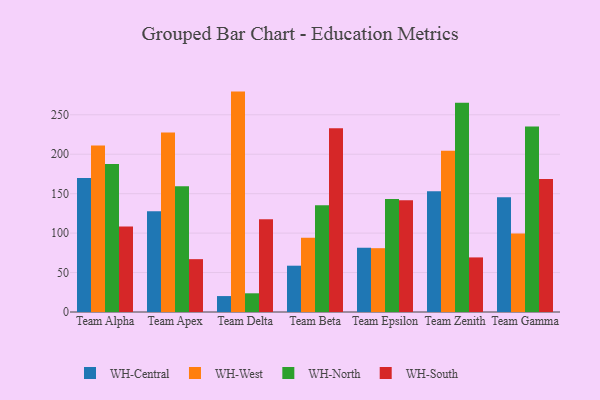
{"axis": {"x": "Team", "y": "Website Visitors"}, "legend": ["WH-Central", "WH-North", "WH-South", "WH-West"], "data": [{"x": "Team Alpha", "y": 169.8, "type": "WH-Central"}, {"x": "Team Alpha", "y": 211.1, "type": "WH-West"}, {"x": "Team Alpha", "y": 187.5, "type": "WH-North"}, {"x": "Team Alpha", "y": 108.5, "type": "WH-South"}, {"x": "Team Apex", "y": 127.6, "type": "WH-Central"}, {"x": "Team Apex", "y": 227.6, "type": "WH-West"}, {"x": "Team Apex", "y": 159.5, "type": "WH-North"}, {"x": "Team Apex", "y": 67.0, "type": "WH-South"}, {"x": "Team Delta", "y": 20.2, "type": "WH-Central"}, {"x": "Team Delta", "y": 279.4, "type": "WH-West"}, {"x": "Team Delta", "y": 23.7, "type": "WH-North"}, {"x": "Team Delta", "y": 117.7, "type": "WH-South"}, {"x": "Team Beta", "y": 58.7, "type": "WH-Central"}, {"x": "Team Beta", "y": 94.0, "type": "WH-West"}, {"x": "Team Beta", "y": 135.2, "type": "WH-North"}, {"x": "Team Beta", "y": 233.0, "type": "WH-South"}, {"x": "Team Epsilon", "y": 81.5, "type": "WH-Central"}, {"x": "Team Epsilon", "y": 80.9, "type": "WH-West"}, {"x": "Team Epsilon", "y": 143.1, "type": "WH-North"}, {"x": "Team Epsilon", "y": 141.8, "type": "WH-South"}, {"x": "Team Zenith", "y": 153.0, "type": "WH-Central"}, {"x": "Team Zenith", "y": 204.3, "type": "WH-West"}, {"x": "Team Zenith", "y": 265.2, "type": "WH-North"}, {"x": "Team Zenith", "y": 69.2, "type": "WH-South"}, {"x": "Team Gamma", "y": 145.5, "type": "WH-Central"}, {"x": "Team Gamma", "y": 99.4, "type": "WH-West"}, {"x": "Team Gamma", "y": 235.3, "type": "WH-North"}, {"x": "Team Gamma", "y": 168.6, "type": "WH-South"}]}